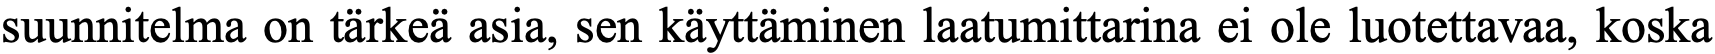
suunnitelma on tärkeä asia, sen käyttäminen laatumittarina ei ole luotettavaa, koska